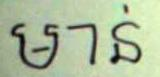
មាន់